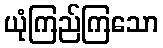
ယုံကြည်ကြသော